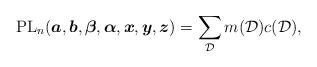
LaTeX: \begin{gather*}{\rm PL}_n({\boldsymbol{a}}, {\boldsymbol{b}}, {\boldsymbol{\beta}}, {\boldsymbol{\alpha}}, {\boldsymbol{x}}, {\boldsymbol{y}}, {\boldsymbol{z}})=\sum_{\cal D} m({\cal D}) {c({\cal D})},\end{gather*}